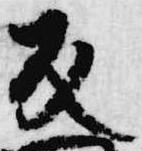
反